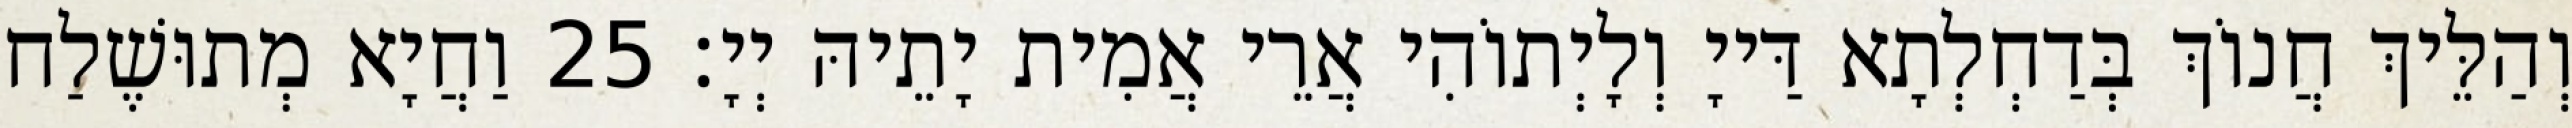
וְהַלֵּיךְ חֲנוֹךְ בְּדַחְלְתָא דַּייָ וְלָיְתוֹהִי אֲרֵי אֲמִית יָתֵיהּ יְיָ׃ 25 וַחֲיָא מְתוּשֶׁלַח